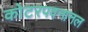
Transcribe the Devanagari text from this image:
कोटरपवनानल